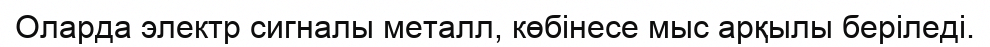
Оларда электр сигналы металл, көбінесе мыс арқылы беріледі.